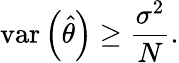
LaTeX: \operatorname{var}\left({\hat{\theta}}\right)\geq{\frac{\sigma^{2}}{N}}.